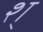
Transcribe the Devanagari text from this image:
श्‌